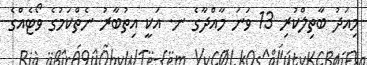
މިއަދު ބާތިލްކުރި 13 ވަނަ މާއްދާގެ ނ. އަކީ އިތުބާރު ނެތްކަމުގެ ވޯޓެއްގެ